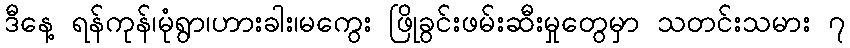
ဒီနေ့ ရန်ကုန်၊မုံရွာ၊ဟားခါး၊မကွေး ဖြိုခွင်းဖမ်းဆီးမှုတွေမှာ သတင်းသမား ၇